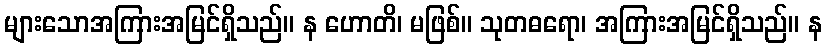
များသောအကြားအမြင်ရှိသည်။ န ဟောတိ၊ မဖြစ်။ သုတဓရော၊ အကြားအမြင်ရှိသည်။ န